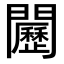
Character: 𨷦